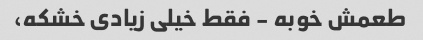
طعمش خوبه - فقط خیلی زیادی خشکه،